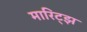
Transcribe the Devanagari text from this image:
मारिट्झ